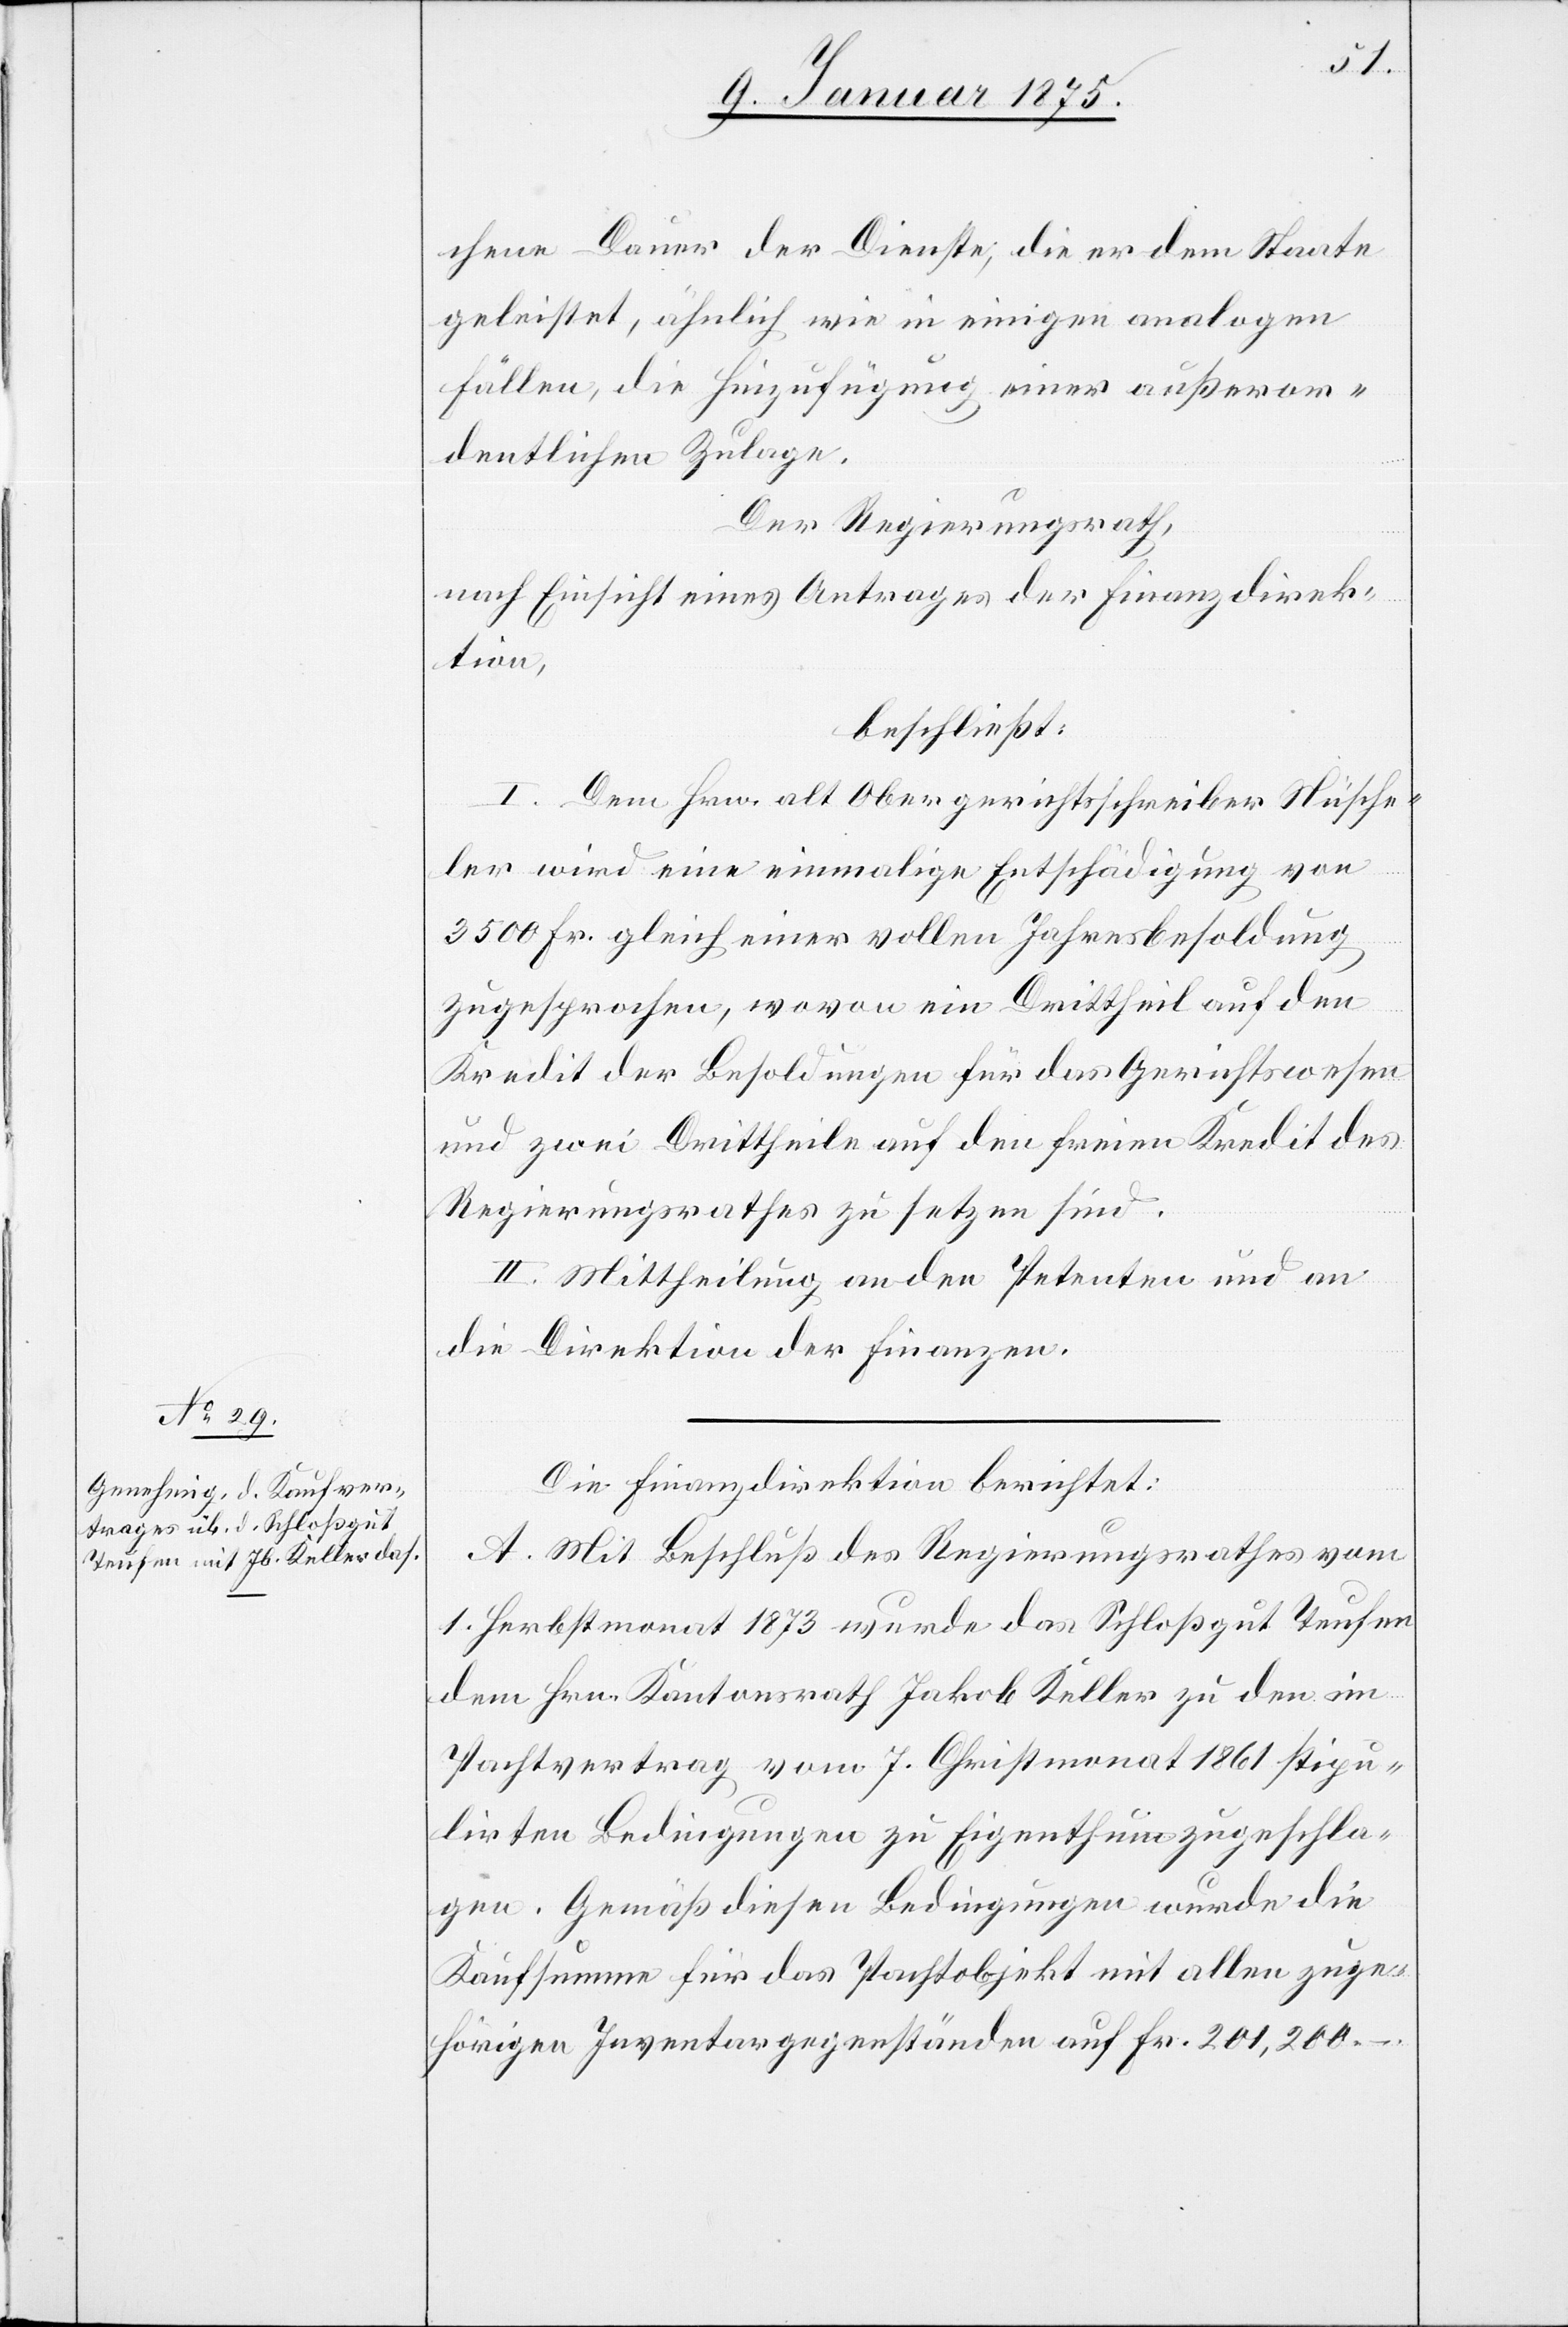
chene Dauer der Dienste, die er dem Staate
geleistet, ähnlich wie in einigen analogen
Fällen, die Hinzufügung einer außeror¬
dentlichen Zulage.
Der Regierungsrath,
nach Einsicht eines Antrages der Finanzdirek¬
tion,
beschließt:
I. Dem Hrn. alt Obergerichtsschreiber Nüsche¬
ler wird eine einmalige Entschädigung von
3500 Fr. gleich einer vollen Jahresbesoldung
zugesprochen, wovon ein Drittheil auf den
Kredit der Besoldungen für das Gerichtswesen
und zwei Drittheile auf den freien Kredit des
Regierungsrathes zu setzen sind.
II. Mittheilung an den Petenten und an
die Direktion der Finanzen.
Die Finanzdirektion berichtet:
A. Mit Beschluß des Regierungsrathes vom
1. Herbstmonat 1873 wurde das Schloßgut Teufen
dem Hrn. Kantonsrath Jakob Keller zu dem im
Pachtvertrag vom 7. Christmonat 1861 stipu¬
lirten Bedingungen zu Eigenthum zugeschla¬
gen. Gemäß diesen Bedingungen wurde die
Kaufsumme für das Pachtobjekt mit allen zuge¬
hörigen Inventargegenständen auf Fr. 201,200.